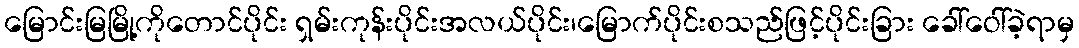
မြောင်းမြမြို့ကိုတောင်ပိုင်း ရှမ်းကုန်းပိုင်းအလယ်ပိုင်း၊မြောက်ပိုင်းစသည်ဖြင့်ပိုင်းခြား ခေါ်ဝေါ်ခဲ့ရာမှ